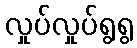
လှုပ်လှုပ်ရွရွ